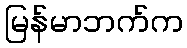
မြန်မာဘက်က